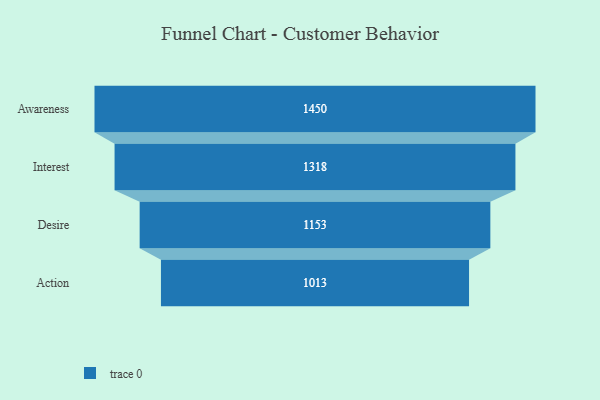
{"axis": {"x": "Stage", "y": "Value"}, "legend": [""], "data": [{"x": "Awareness", "y": 1450.0, "type": ""}, {"x": "Interest", "y": 1318.0, "type": ""}, {"x": "Desire", "y": 1153.0, "type": ""}, {"x": "Action", "y": 1013.0, "type": ""}]}